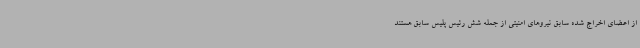
از اعضای اخراج شده سابق نیروهای امنیتی از جمله شش رئیس پلیس سابق هستند